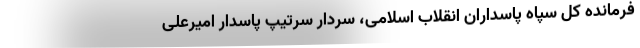
فرمانده کل سپاه پاسداران انقلاب اسلامی، سردار سرتیپ پاسدار امیرعلی